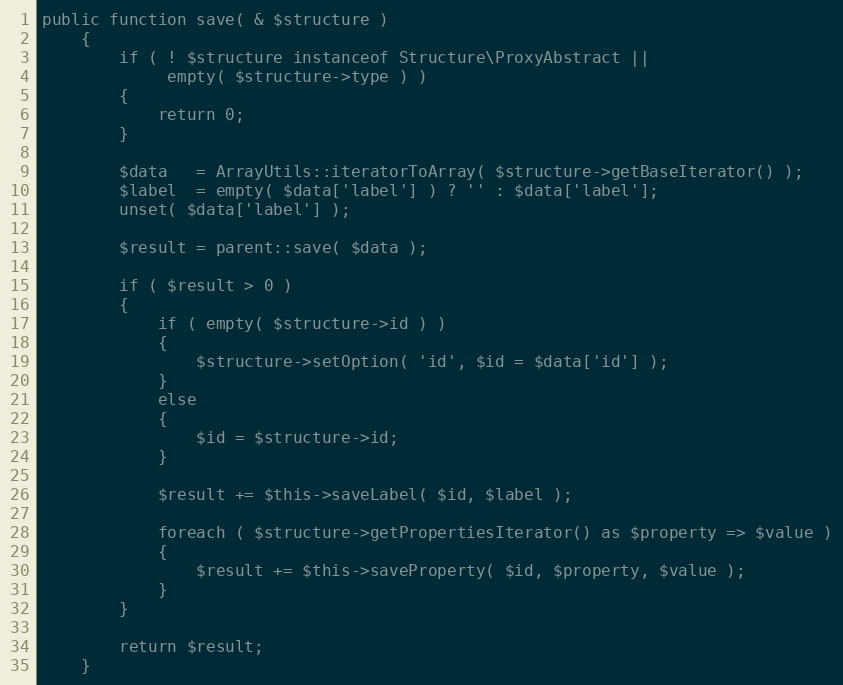
Language: PHP
public function save( & $structure )
    {
        if ( ! $structure instanceof Structure\ProxyAbstract ||
             empty( $structure->type ) )
        {
            return 0;
        }

        $data   = ArrayUtils::iteratorToArray( $structure->getBaseIterator() );
        $label  = empty( $data['label'] ) ? '' : $data['label'];
        unset( $data['label'] );

        $result = parent::save( $data );

        if ( $result > 0 )
        {
            if ( empty( $structure->id ) )
            {
                $structure->setOption( 'id', $id = $data['id'] );
            }
            else
            {
                $id = $structure->id;
            }

            $result += $this->saveLabel( $id, $label );

            foreach ( $structure->getPropertiesIterator() as $property => $value )
            {
                $result += $this->saveProperty( $id, $property, $value );
            }
        }

        return $result;
    }